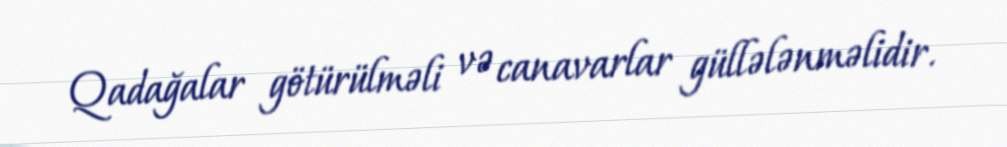
Qadağalar götürülməli və canavarlar güllələnməlidir.